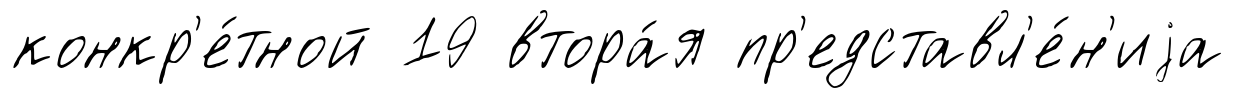
конкр'е́тной 19 втора́я пр'едставл'е́н'иjа